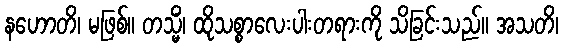
နဟောတိ၊ မဖြစ်။ တသ္မိံ၊ ထိုသစ္စာလေးပါးတရားကို သိခြင်းသည်။ အသတိ၊